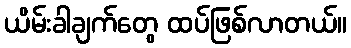
ယိမ်းခါချက်တွေ ထပ်ဖြစ်လာတယ်။